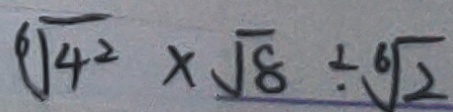
\sqrt [ 6 ] { 4 ^ { 2 } } \times \sqrt { 8 } \div \sqrt [ 6 ] { 2 }